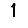
Digit: 1